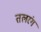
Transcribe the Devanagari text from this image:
तलरंग